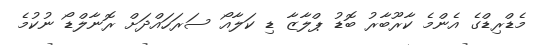
މެޑްރިޑްގެ އެންމެ ކާރޫބާރު ބޮޑު ޕްލާޒާ ޑި ކަލާއޯ ސަރަހައްދަށް ރޮނާލްޑޯ ނުކުމެ